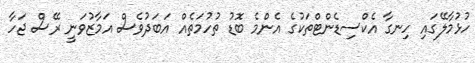
ހުޅުމާލޭގައި ހިނގާ އެކްސިޑެންޓްތަކުގެ އެންމެ ބޮޑު ތުހުމަތެއް އަބަދުވެސް އަމާޒުވަނީ ރޭސް ޖަހާ